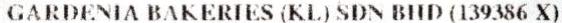
GARDENIA BAKERIES (KL) SDN BHD (139386 X)